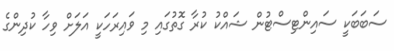
ސަބަބަކީ ސައިންޓިސްޓުން ޝައްކު ކުރާ ގޮތުގައި މި ވައިރަހަކީ އަލަށް ވިހާ ކުދިންގެ